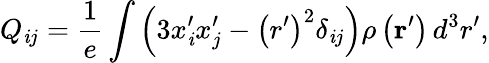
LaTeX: Q_{\mathit{i}j}={\frac{{1}}{{e}}}\int\left(3x_{\mathit{i}}^{\prime}x_{j}^{\prime}-\left(r^{\prime}\right)^{2}\delta_{\mathit{i}j}\right)\rho\left(\mathbf{{r}}^{\prime}\right)\, d^{3}r^{\prime},